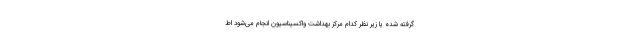
گرفته شده یا زیر نظر کدام مرکز بهداشت واکسیناسیون انجام می‌شود اط